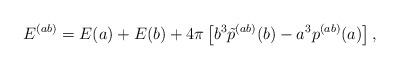
LaTeX: \begin{align*}E^{(ab)}=E(a)+E(b)+4\pi \left[ b^3\tilde p^{(ab)}(b)-a^3p^{(ab)}(a)\right] ,\end{align*}